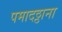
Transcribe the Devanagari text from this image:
पमादठ्ठाना